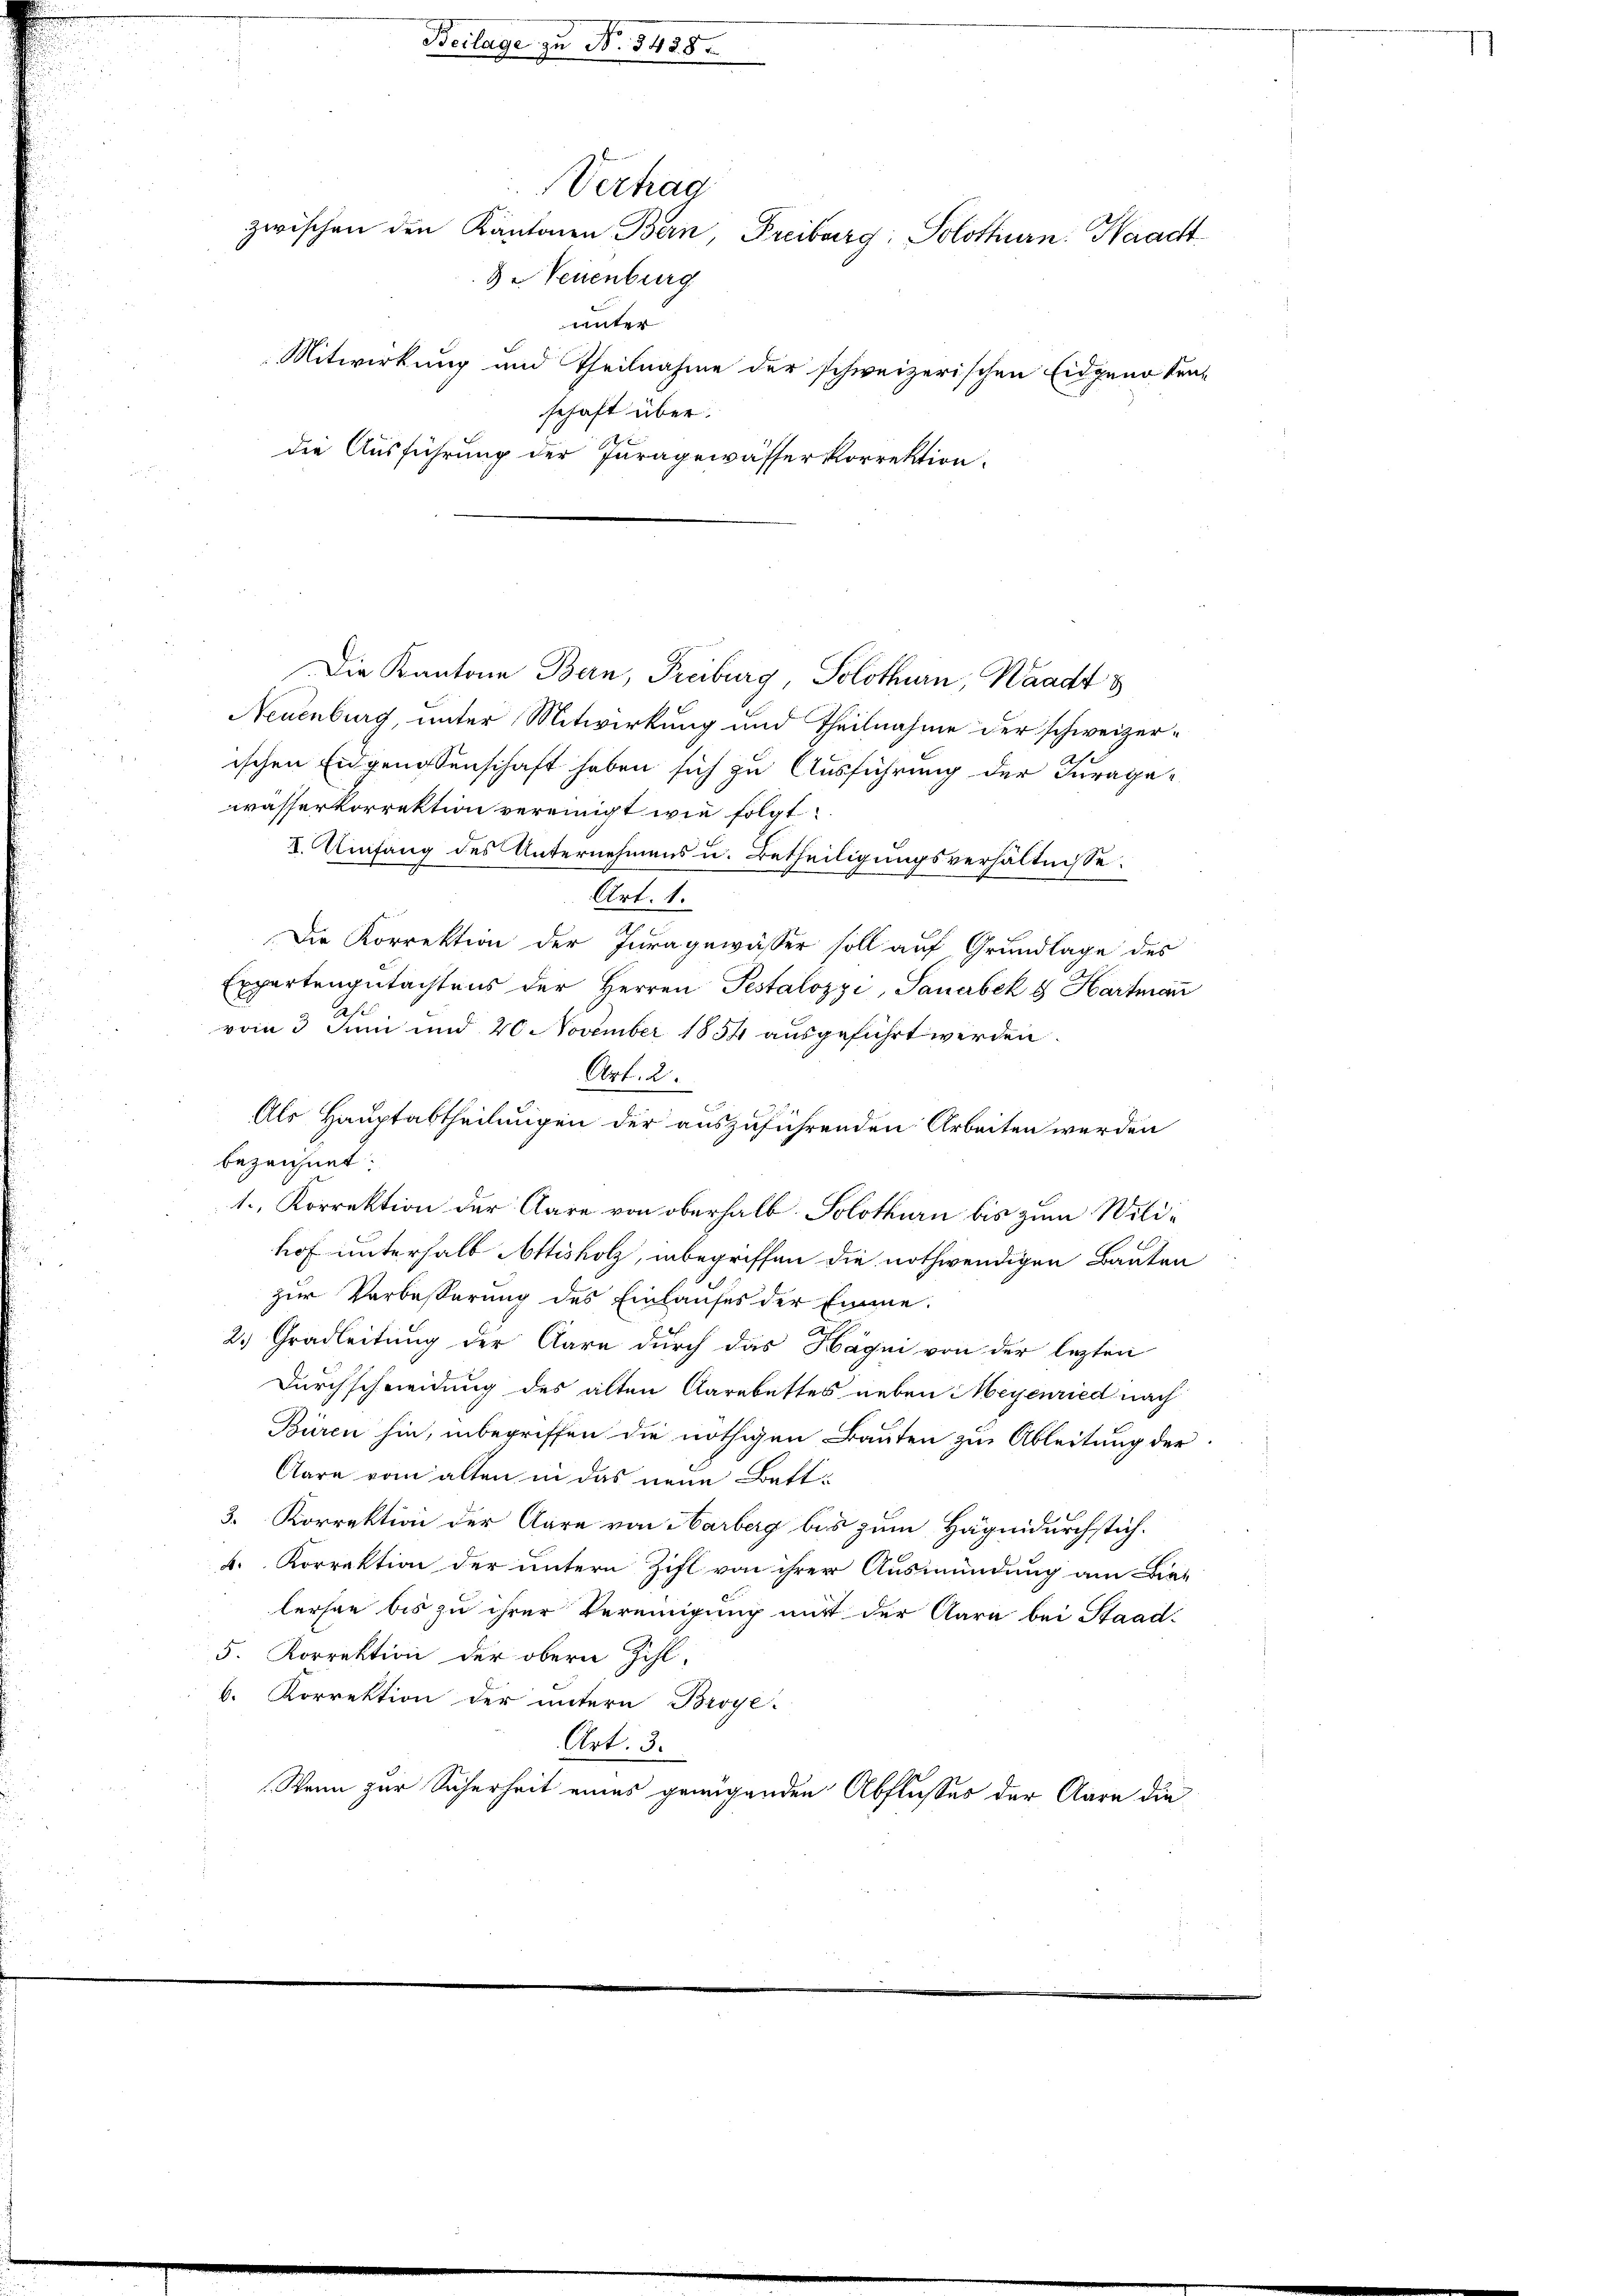
Vertrag
zwischen den Kantonen Bern, Freiburg, Solothurn. Waadt
B. Neuenburg
unter
Mitwirkung und Theilnahme der schweizerischen Eidgenöten-
schaft über.
die Ausführung der Juragewässerkorrektion

Die Kantone Bern, Freiburg, Solothurn, Waadt &
Neuenburg, unter Mitwirkung und Theilnahme der schweizer-
ischen Eidgenossenschaft haben sich zu Ausführung der Jurage-
wasserkorrektion vereinigt wie folgt:
I. Umfang des Unternehmens u. Betheiligungsverhältnisse:
Art. 1.
Die Korrektion der Juragewässer soll auf Grundlage des
Expertengutachtens der Herren Pestalozzi, Sanabek & Hartman
vom 3. Juni und 20 November 1854 ausgeführt werden.
Ort. 2.
Als Hauptabtheilungen der auszuführenden Arbeiten werden
bezeichnet:
1., Korrektion der Aare von oberhalb Solothurn bis zum Wildhof unterhalb Attisholz, inbegriffen die nothwendigen Bauten
zur Verbesserung des Einlaufes der Emme.
2.) Gradleitung der Aare durch das Hägi von der lezten
Durchschneidung des alten Aarabettes neben Meyenried nach
Büren hin, inbegriffen die nöthigen Bauten zur Ableitung der
Aare vom alten in das neue Bett¬
3. Korrektion der Aare von Harberg bis zum Häge durchstich¬
A. Korrektion der untern Zihl von ihrer Ausmündung am Dielersee bis zu ihrer Vereinigung mit der Aare bei Staad¬
5. Korrektion der obern Zihl-
b. Korrektion der untern Broye-
Art. 3.
Wenn zur Sicherheit eines gewigenden Abflusses der Aare die

Beilage zu

No. 545